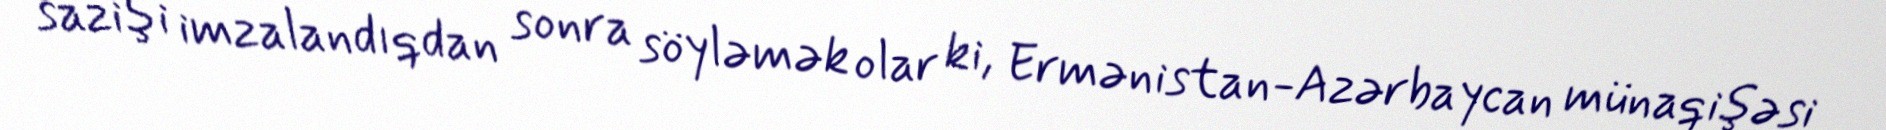
sazişi imzalandıqdan sonra söyləmək olar ki, Ermənistan-Azərbaycan münaqişəsi